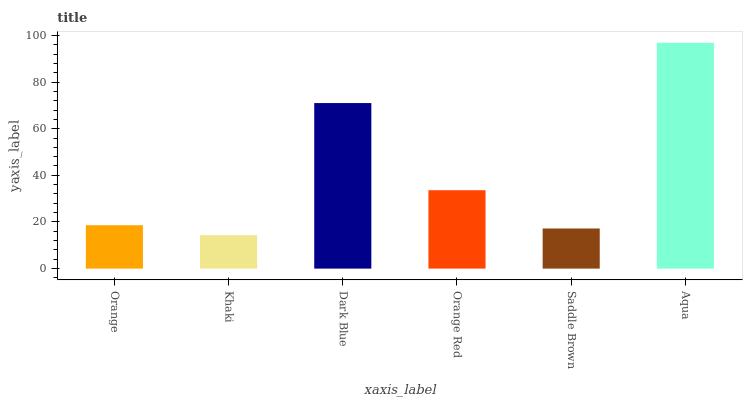
| xaxis_label | bars |
 | --- | --- |
 | Orange | 18.6 |
 | Khaki | 14.4 |
 | Dark Blue | 71 |
 | Orange Red | 33.6 |
 | Saddle Brown | 17.2 |
 | Aqua | 96.8 |